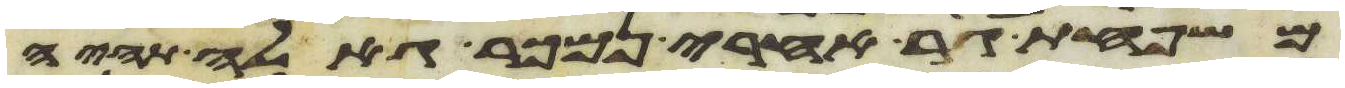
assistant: משפחת גר אחרי נמכר גאלה תהיה